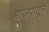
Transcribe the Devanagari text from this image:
भाजपातून